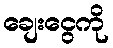
ချေးငွေကို